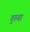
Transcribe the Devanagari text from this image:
गुरुबा